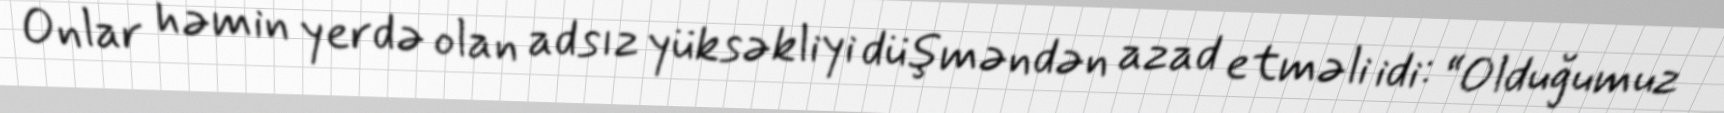
Onlar həmin yerdə olan adsız yüksəkliyi düşməndən azad etməli idi: “Olduğumuz